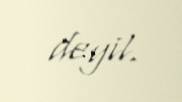
deyil.